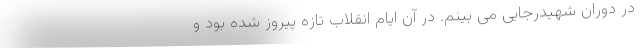
در دوران شهیدرجایی می بینم. در آن ایام انقلاب تازه پیروز شده بود و